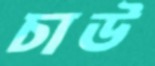
চাউ